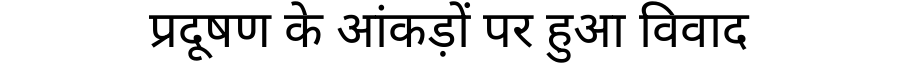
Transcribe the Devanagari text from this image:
प्रदूषण के आंकड़ों पर हुआ विवाद